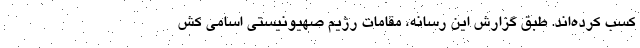
کسب کرده‌اند. طبق گزارش این رسانه، مقامات رژیم صهیونیستی اسامی کش